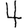
Digit: 4